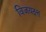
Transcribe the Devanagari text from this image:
विजयदत्त